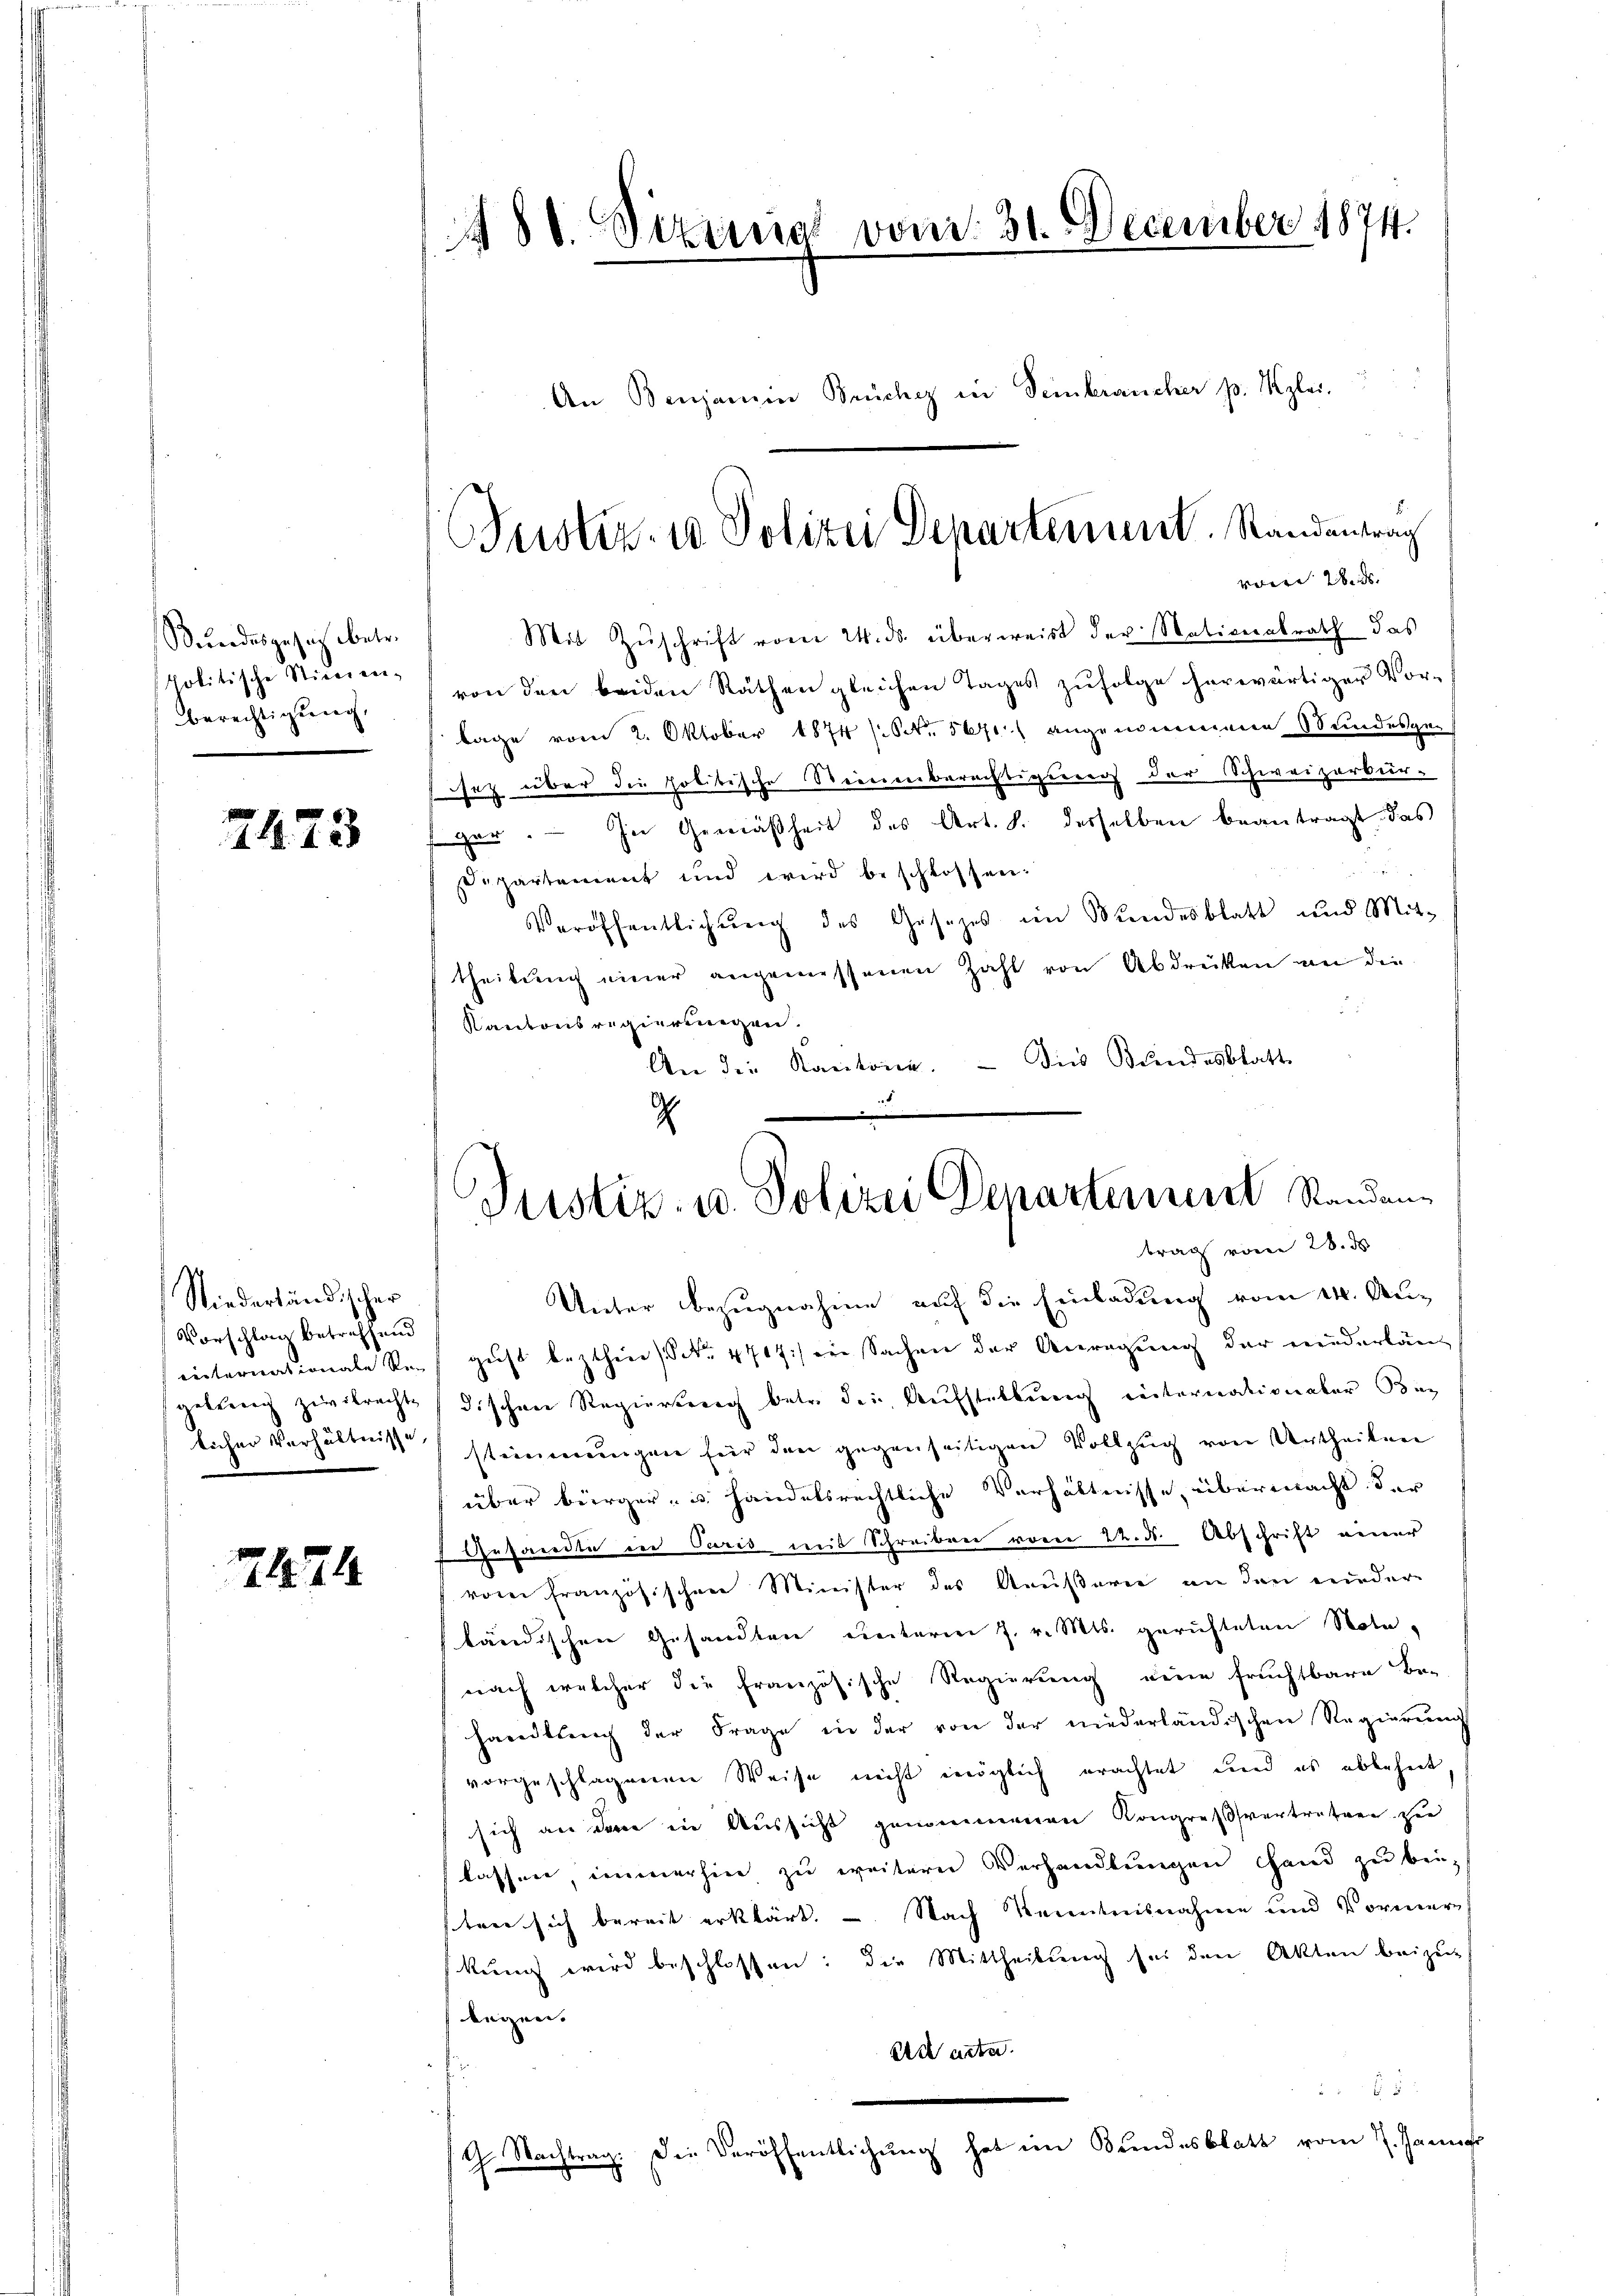
Stundesgesetz betr.
politische Sticaien-
berechtigung,

2423

Niederländischer
Vorschlag betreffend
Rinternationale Re
getreng zivilrechte
licher Verhältnisse,

2124

488. Sizinal vom 31. December 1874.

Mit Zŭschrift vom 24. ds. überweist der Nationalrath das
von den beiden Räthen gleichen Tages zŭfolge herwärtiger Vor-
lage vom 2. Oktober 1874 (Str. 5671) angenommene Stundesge-
istz über die politische Steinenberechtigerers der Schweizerbürger. In Gemäßheit des Art. 8. desselben beantragt, das
a
sipartement und wird beschlossen.
Veröffentlichung des Gesetzes im Bundesblatt und Mit-
theilung einer angemessenen Zahl von Abdrücken an die
Kantonsregierungen.
Dies Bundesblatt
An die Kantone.

An Benjamin Brücher in Seinbraucher p. Kzlei.

Bustiz- u Polizei Departement. Standentrag
voie 2. ds. |

d
1
Justiz- u. Polizei Departement Standanbrach vom 28. ds

Unter Bezugnahme auf die Einladung vom 14. August bezthin Nr. 4717:/ ein Sachen der Anregung der Friederländischen Regiersreich betr. der Aufstellung einternationaler Ber
stimmungen für den gegenseitigen Vollzug von Urtheilen
über bürger- u. handelsrechtliche Verhältnisse, übermacht der
Gesandte in Paris mit Schreiben von 22. d. Abschrift einer
vom französischen Minister des Aeußerer an den nieder-
ländischen Gesandten unterm 7. v. Mts. gerichteten Nota-
nach welcher die französische Regierung eine fruchtbare Be-
handlung der Frage in der von der niederländischen Regierung
vorgeschlagenen Weise nicht möglich erachtet und es ableheit
sich an dem in Aussicht genommenen Kongressvertretung sie
lassen, immerhin zu weitern Verhandlungen hand zu bei-
sten sich bereit erklärt. - Nach Kenntnisnahme und Vormer
kung wird beschlossen: die Mittheilung sei den Akten beizu-
legen.
Ach unter

G. Nachtrag. Die Veröffentlichung hat im Bundesblatt vom 7. Janua